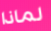
لماذا